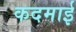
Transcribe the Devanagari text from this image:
कदमाई